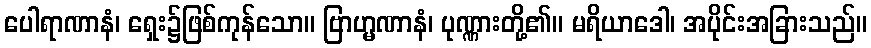
ပေါရာဏာနံ၊ ရှေး၌ဖြစ်ကုန်သော။ ဗြာဟ္မဏာနံ၊ ပုဏ္ဏားတို့၏။ မရိယာဒေါ၊ အပိုင်းအခြားသည်။